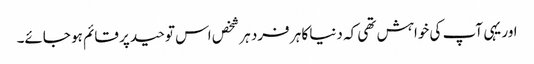
اور یہی آپ کی خواہش تھی کہ دنیا کا ہر فرد ہر شخص اس توحید پر قائم ہو جائے۔